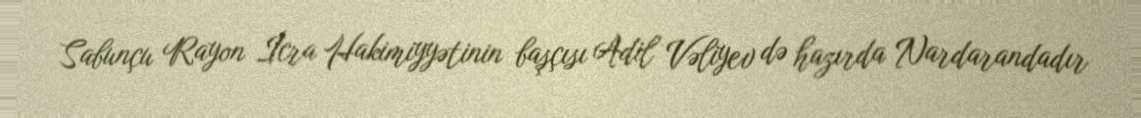
Sabunçu Rayon İcra Hakimiyyətinin başçısı Adil Vəliyev də hazırda Nardarandadır